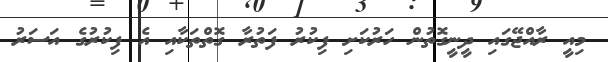
މިއީ ރާއްޖޭގައި ދީނީގޮތުން ހަރުކަށި ފިކުރު ފަތުރާ ގޮތްތަކާއި އެ ފިކުރުގެ އަސަރު